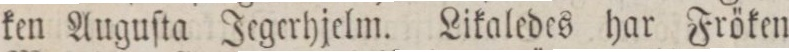
ken Auguſta Jegerhjelm. Likaledes har Fröken